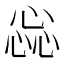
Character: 惢